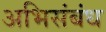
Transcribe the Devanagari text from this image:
अभिसंबंध